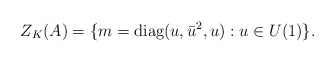
\begin{align*}Z_K(A)=\{m=\textrm{diag}(u,\bar{u}^2, u) : u\in U(1)\}.\end{align*}